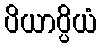
ပိယာပ္ပိယံ